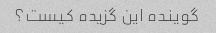
گوینده این گزیده کیست؟